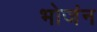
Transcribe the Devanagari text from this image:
भोजंन